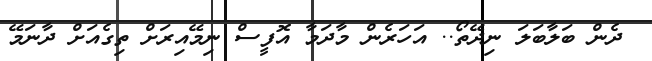
ދެން ބަލާބަލަ ނިދޭތޯ.. އަހަރެން މާދަމާ އޮފީސް ނިމޭއިރަށް ތިގެއަށް ދާނަމޭ